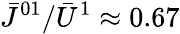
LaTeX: \bar{J}^{01}/\bar{U}^{1}\approx 0.67